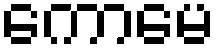
ကောမေ